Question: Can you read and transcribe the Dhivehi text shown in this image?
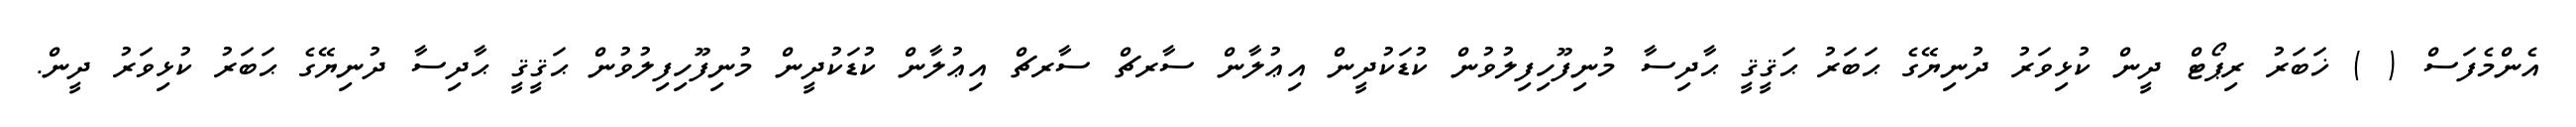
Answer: އެންމެފަސް ( ) ޚަބަރު ރިޕޯޓް ދީން ކުޅިވަރު ދުނިޔޭގެ ޙަބަރު ޙަޤީޤީ ޙާދިސާ މުނިފޫހިފިލުވުން ކުޑަކުދީން އިޢުލާން ސާރޗް ސާރޗް އިޢުލާން ކުޑަކުދީން މުނިފޫހިފިލުވުން ޙަޤީޤީ ޙާދިސާ ދުނިޔޭގެ ޙަބަރު ކުޅިވަރު ދީން.